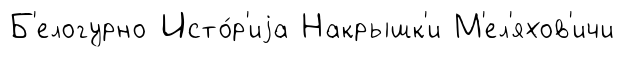
Б'елогурно Исто́р'иjа Накрышк'и М'ел'яхов'ичи